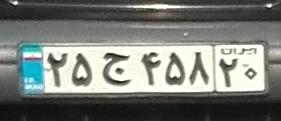
۲۵ج۴۵۸۲۰